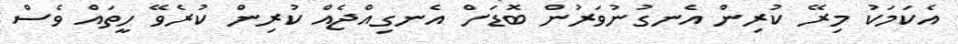
އެކަމަކު މިރޭ ކުރިން އެނގުނުވަރުން ބޮޑަށް އެނގިއްޖެއް ކުރިން ކުރެވޭ ހީތައް ވެސް